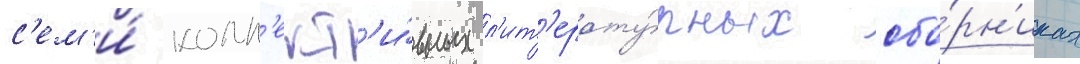
с'ем'и́ колл'ект'и́вных л'ит'ерату́рных сбо́рн'иках